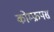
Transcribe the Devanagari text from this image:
कोम्‍फ्रपस